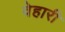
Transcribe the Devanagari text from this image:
वेहारी